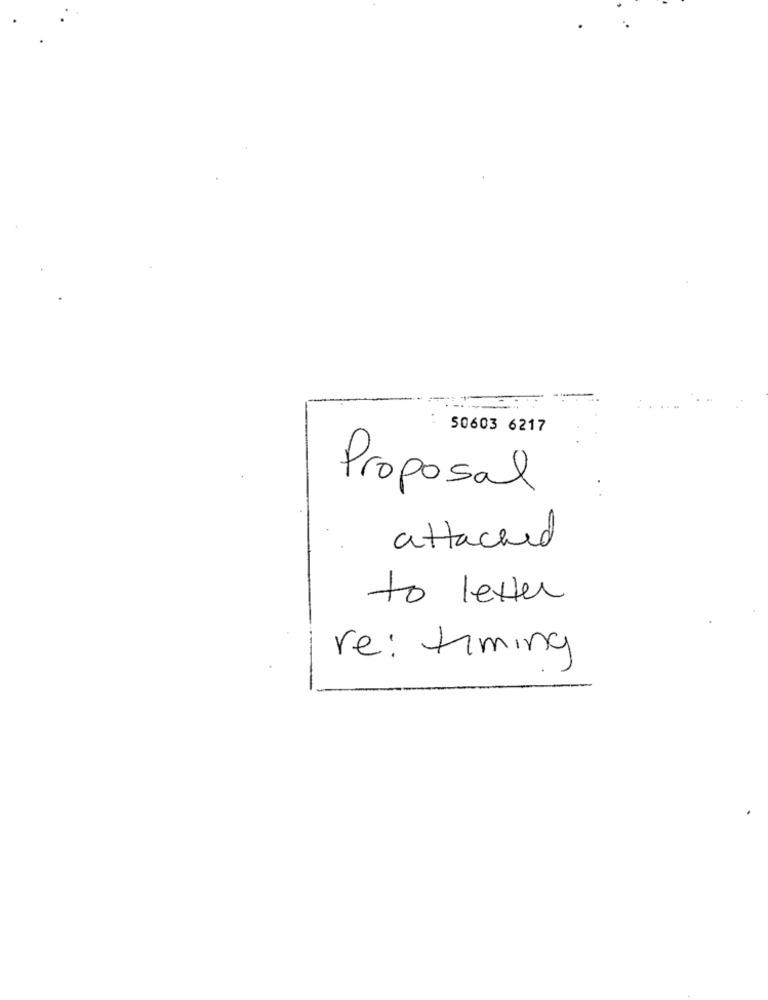
50603 6217
Proposal
attached
to letter
re: timing